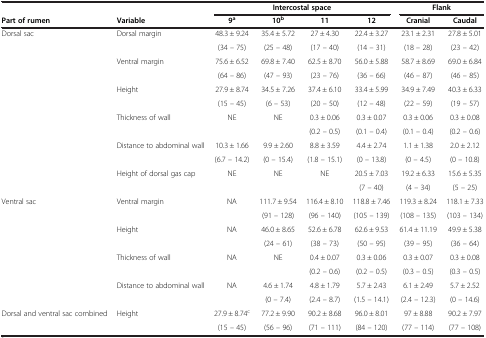
<table><thead><tr><td><b> </b></td><td><b> </b></td><td colspan="4"><b>Intercostal space</b></td><td colspan="2"><b>Flank</b></td></tr><tr><td><b>Part of rumen</b></td><td><b>Variable</b></td><td><b>9<sup>a</sup></b></td><td><b>10<sup>b</sup></b></td><td><b>11</b></td><td><b>12</b></td><td><b>Cranial</b></td><td><b>Caudal</b></td></tr></thead><tbody><tr><td rowspan="2">Dorsal sac</td><td rowspan="2">Dorsal margin</td><td>48.3 ± 9.24</td><td>35.4 ± 5.72</td><td>27 ± 4.30</td><td>22.4 ± 3.27</td><td>23.1 ± 2.31</td><td>27.8 ± 5.01</td></tr><tr><td>(34 – 75)</td><td>(25 – 48)</td><td>(17 – 40)</td><td>(14 – 31)</td><td>(18 – 28)</td><td>(23 – 42)</td></tr><tr><td rowspan="2"> </td><td rowspan="2">Ventral margin</td><td>75.6 ± 6.52</td><td>69.8 ± 7.40</td><td>62.5 ± 8.70</td><td>56.0 ± 5.88</td><td>58.7 ± 8.69</td><td>69.0 ± 6.84</td></tr><tr><td>(64 – 86)</td><td>(47 – 93)</td><td>(23 – 76)</td><td>(36 – 66)</td><td>(46 – 87)</td><td>(46 – 85)</td></tr><tr><td rowspan="2"> </td><td rowspan="2">Height</td><td>27.9 ± 8.74</td><td>34.5 ± 7.26</td><td>37.4 ± 6.10</td><td>33.4 ± 5.99</td><td>34.9 ± 7.49</td><td>40.3 ± 6.33</td></tr><tr><td>(15 – 45)</td><td>(6 – 53)</td><td>(20 – 50)</td><td>(12 – 48)</td><td>(22 – 59)</td><td>(19 – 57)</td></tr><tr><td rowspan="2"> </td><td rowspan="2">Thickness of wall</td><td rowspan="2">NE</td><td rowspan="2">NE</td><td>0.3 ± 0.06</td><td>0.3 ± 0.07</td><td>0.3 ± 0.06</td><td>0.3 ± 0.08</td></tr><tr><td>(0.2 – 0.5)</td><td>(0.1 – 0.4)</td><td>(0.1 – 0.4)</td><td>(0.2 – 0.6)</td></tr><tr><td rowspan="2"> </td><td rowspan="2">Distance to abdominal wall</td><td>10.3 ± 1.66</td><td>9.9 ± 2.60</td><td>8.8 ± 3.59</td><td>4.4 ± 2.74</td><td>1.1 ± 1.38</td><td>2.0 ± 2.12</td></tr><tr><td>(6.7 – 14.2)</td><td>(0 – 15.4)</td><td>(1.8 – 15.1)</td><td>(0 – 13.8)</td><td>(0 – 4.5)</td><td>(0 – 10.8)</td></tr><tr><td rowspan="2"> </td><td rowspan="2">Height of dorsal gas cap</td><td rowspan="2">NE</td><td rowspan="2">NE</td><td rowspan="2">NE</td><td>20.5 ± 7.03</td><td>19.2 ± 6.33</td><td>15.6 ± 5.35</td></tr><tr><td>(7 – 40)</td><td>(4 – 34)</td><td>(5 – 25)</td></tr><tr><td rowspan="2">Ventral sac</td><td rowspan="2">Ventral margin</td><td rowspan="2">NA</td><td>111.7 ± 9.54</td><td>116.4 ± 8.10</td><td>118.8 ± 7.46</td><td>119.3 ± 8.24</td><td>118.1 ± 7.33</td></tr><tr><td>(91 – 128)</td><td>(96 – 140)</td><td>(105 – 139)</td><td>(108 – 135)</td><td>(103 – 134)</td></tr><tr><td rowspan="2"> </td><td rowspan="2">Height</td><td rowspan="2">NA</td><td>46.0 ± 8.65</td><td>52.6 ± 6.78</td><td>62.6 ± 9.53</td><td>61.4 ± 11.19</td><td>49.9 ± 5.38</td></tr><tr><td>(24 – 61)</td><td>(38 – 73)</td><td>(50 – 95)</td><td>(39 – 95)</td><td>(36 – 64)</td></tr><tr><td rowspan="2"> </td><td rowspan="2">Thickness of wall</td><td rowspan="2">NA</td><td rowspan="2">NE</td><td>0.4 ± 0.07</td><td>0.3 ± 0.06</td><td>0.3 ± 0.07</td><td>0.3 ± 0.08</td></tr><tr><td>(0.2 – 0.6)</td><td>(0.2 – 0.5)</td><td>(0.3 – 0.5)</td><td>(0.3 – 0.5)</td></tr><tr><td rowspan="2"> </td><td rowspan="2">Distance to abdominal wall</td><td rowspan="2">NA</td><td>4.6 ± 1.74</td><td>4.8 ± 1.79</td><td>5.7 ± 2.43</td><td>6.1 ± 2.49</td><td>5.7 ± 2.52</td></tr><tr><td>(0 – 7.4)</td><td>(2.4 – 8.7)</td><td>(1.5 – 14.1)</td><td>(2.4 – 12.3)</td><td>(0 – 14.6)</td></tr><tr><td>Dorsal and ventral sac combined</td><td>Height</td><td>27.9 ± 8.74<sup>c</sup></td><td>77.2 ± 9.90</td><td>90.2 ± 8.68</td><td>96.0 ± 8.01</td><td>97 ± 8.88</td><td>90.2 ± 7.97</td></tr><tr><td> </td><td> </td><td>(15 – 45)</td><td>(56 – 96)</td><td>(71 – 111)</td><td>(84 – 120)</td><td>(77 – 114)</td><td>(77 – 108)</td></tr></tbody></table>